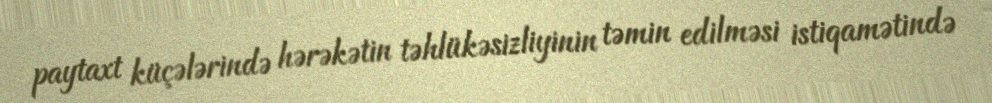
paytaxt küçələrində hərəkətin təhlükəsizliyinin təmin edilməsi istiqamətində